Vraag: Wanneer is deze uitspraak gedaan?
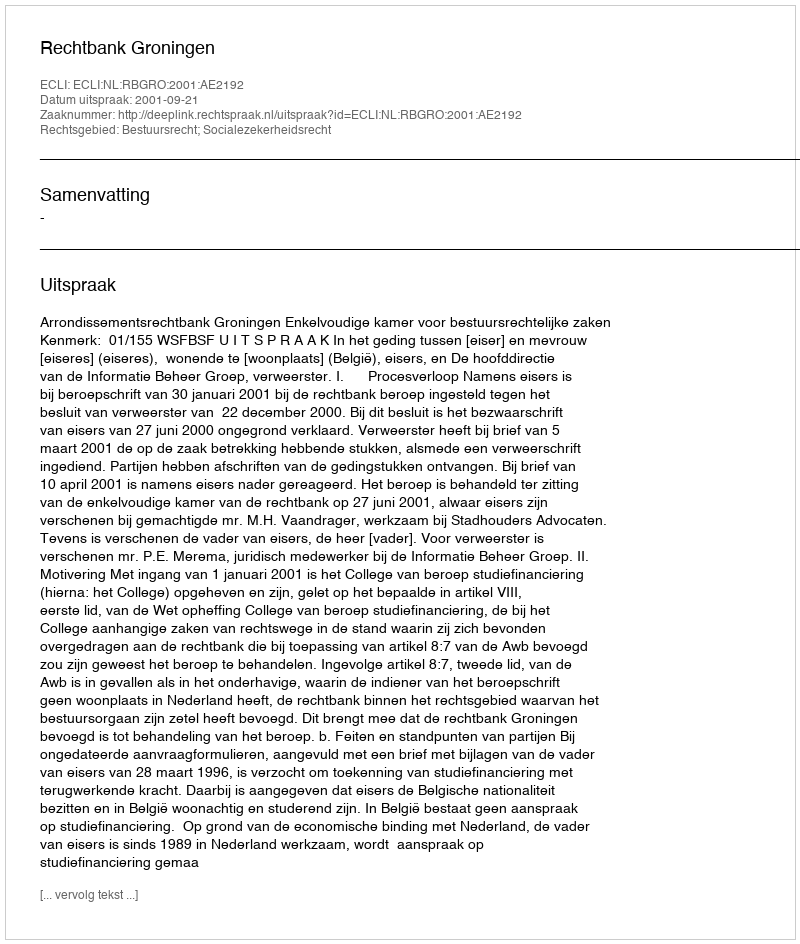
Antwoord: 2001-09-21